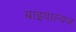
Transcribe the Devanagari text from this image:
बाइवाल्वज